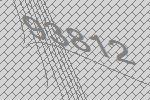
93812